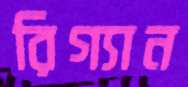
রিগ্যান